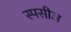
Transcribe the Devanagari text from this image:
स्पसीज